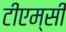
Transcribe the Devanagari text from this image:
टीएम्‌सी